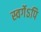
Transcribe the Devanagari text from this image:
स्वर्गेऽपि